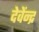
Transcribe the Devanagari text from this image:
देवेंन्द्र